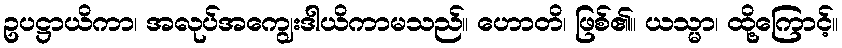
ဥပဋ္ဌာယိကာ၊ အလုပ်အကျွေးဒါယိကာမသည်။ ဟောတိ၊ ဖြစ်၏။ ယသ္မာ၊ ထို့ကြောင့်။